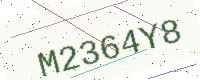
Text: M2364Y8